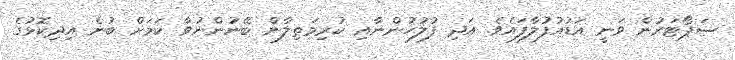
ސަޕޯޓަރުން ވަނީ އަޑުއުފުލާފައެވެ. އަދި ފުލުހުންނާއި ކުރިމަތިލާން ބޭނުންނުވާ ކަމަށް ބުނެ އިދިކޮޅުގެ